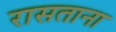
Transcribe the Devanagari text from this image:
रासताना